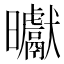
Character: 𭨓